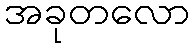
အခုတလော